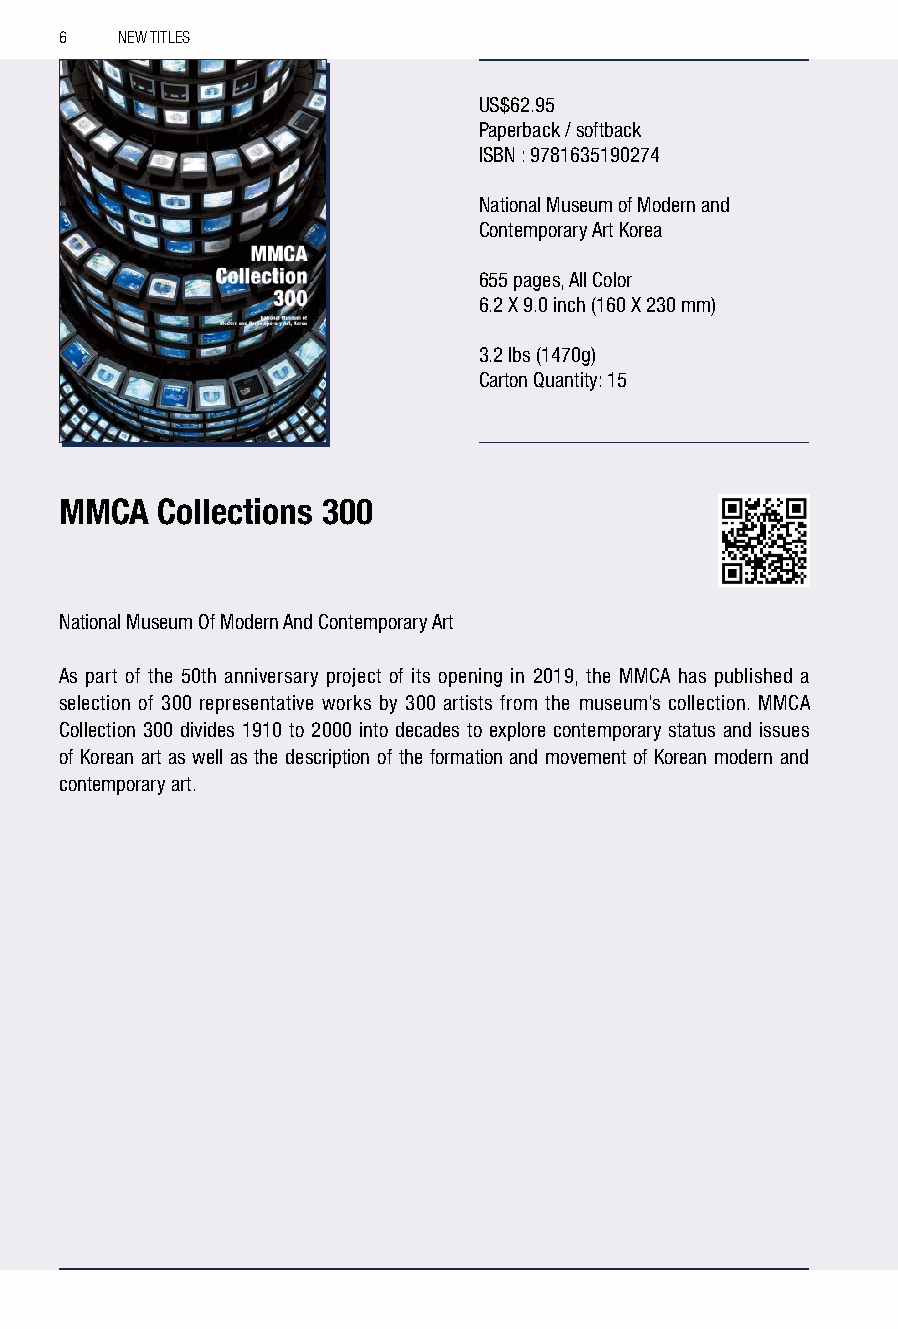
6   NEW TITLES
 US$62.95
 Paperback / softback
 ISBN : 9781635190274
 National Museum of Modern and
 Contemporary Art Korea
 655 pages, All Color
 6.2 X 9.0 inch (160 X 230 mm)
 3.2 lbs (1470g)
 Carton Quantity: 15
 MMCA  Collections 300
 National Museum Of Modern And Contemporary Art
 As part of the 50th anniversary project of its opening in 2019, the MMCA has published a
 selection of 300 representative works by 300 artists from the museum’s collection. MMCA
 Collection 300 divides 1910 to 2000 into decades to explore contemporary status and issues
 of Korean art as well as the description of the formation and movement of Korean modern and
 contemporary art.